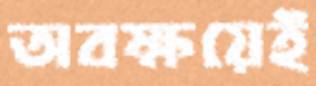
অবক্ষয়েই